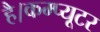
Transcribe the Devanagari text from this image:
है।कम्‍प्‍यूटर